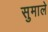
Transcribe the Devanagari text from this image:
सुमाले